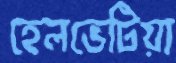
হেলভেটিয়া